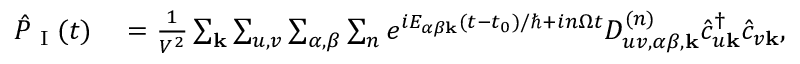
\begin{array} { r l } { \hat { P } _ { \textrm { I } } ( t ) } & { { } = \frac { 1 } { V ^ { 2 } } \sum _ { \mathbf { k } } \sum _ { u , v } \sum _ { \alpha , \beta } \sum _ { n } e ^ { i E _ { \alpha \beta \mathbf { k } } ( t - t _ { 0 } ) / \hbar + i n \Omega t } D _ { u v , \alpha \beta , \mathbf { k } } ^ { ( n ) } \hat { c } _ { u \mathbf { k } } ^ { \dagger } \hat { c } _ { v \mathbf { k } } , } \end{array}